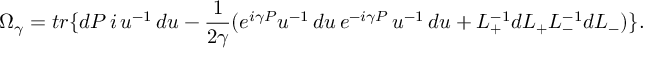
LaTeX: \Omega _ { \gamma } = t r \{ d P \, i \, u ^ { - 1 } \, d u - \frac { 1 } { 2 \gamma } ( e ^ { i \gamma P } u ^ { - 1 } \, d u \, e ^ { - i \gamma P } \, u ^ { - 1 } \, d u + L _ { + } ^ { - 1 } d L _ { + } L _ { - } ^ { - 1 } d L _ { - } ) \} .